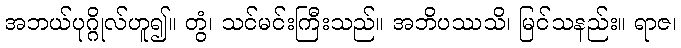
အဘယ်ပုဂ္ဂိုလ်ဟူ၍။ တွံ၊ သင်မင်းကြီးသည်။ အဘိပဿသိ၊ မြင်သနည်း။ ရာဇ၊